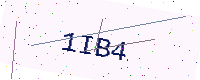
Text: 1IB4